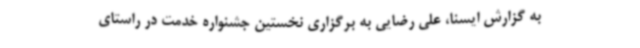
به گزارش ایسنا، علی رضایی به برگزاری نخستین جشنواره خدمت در راستای